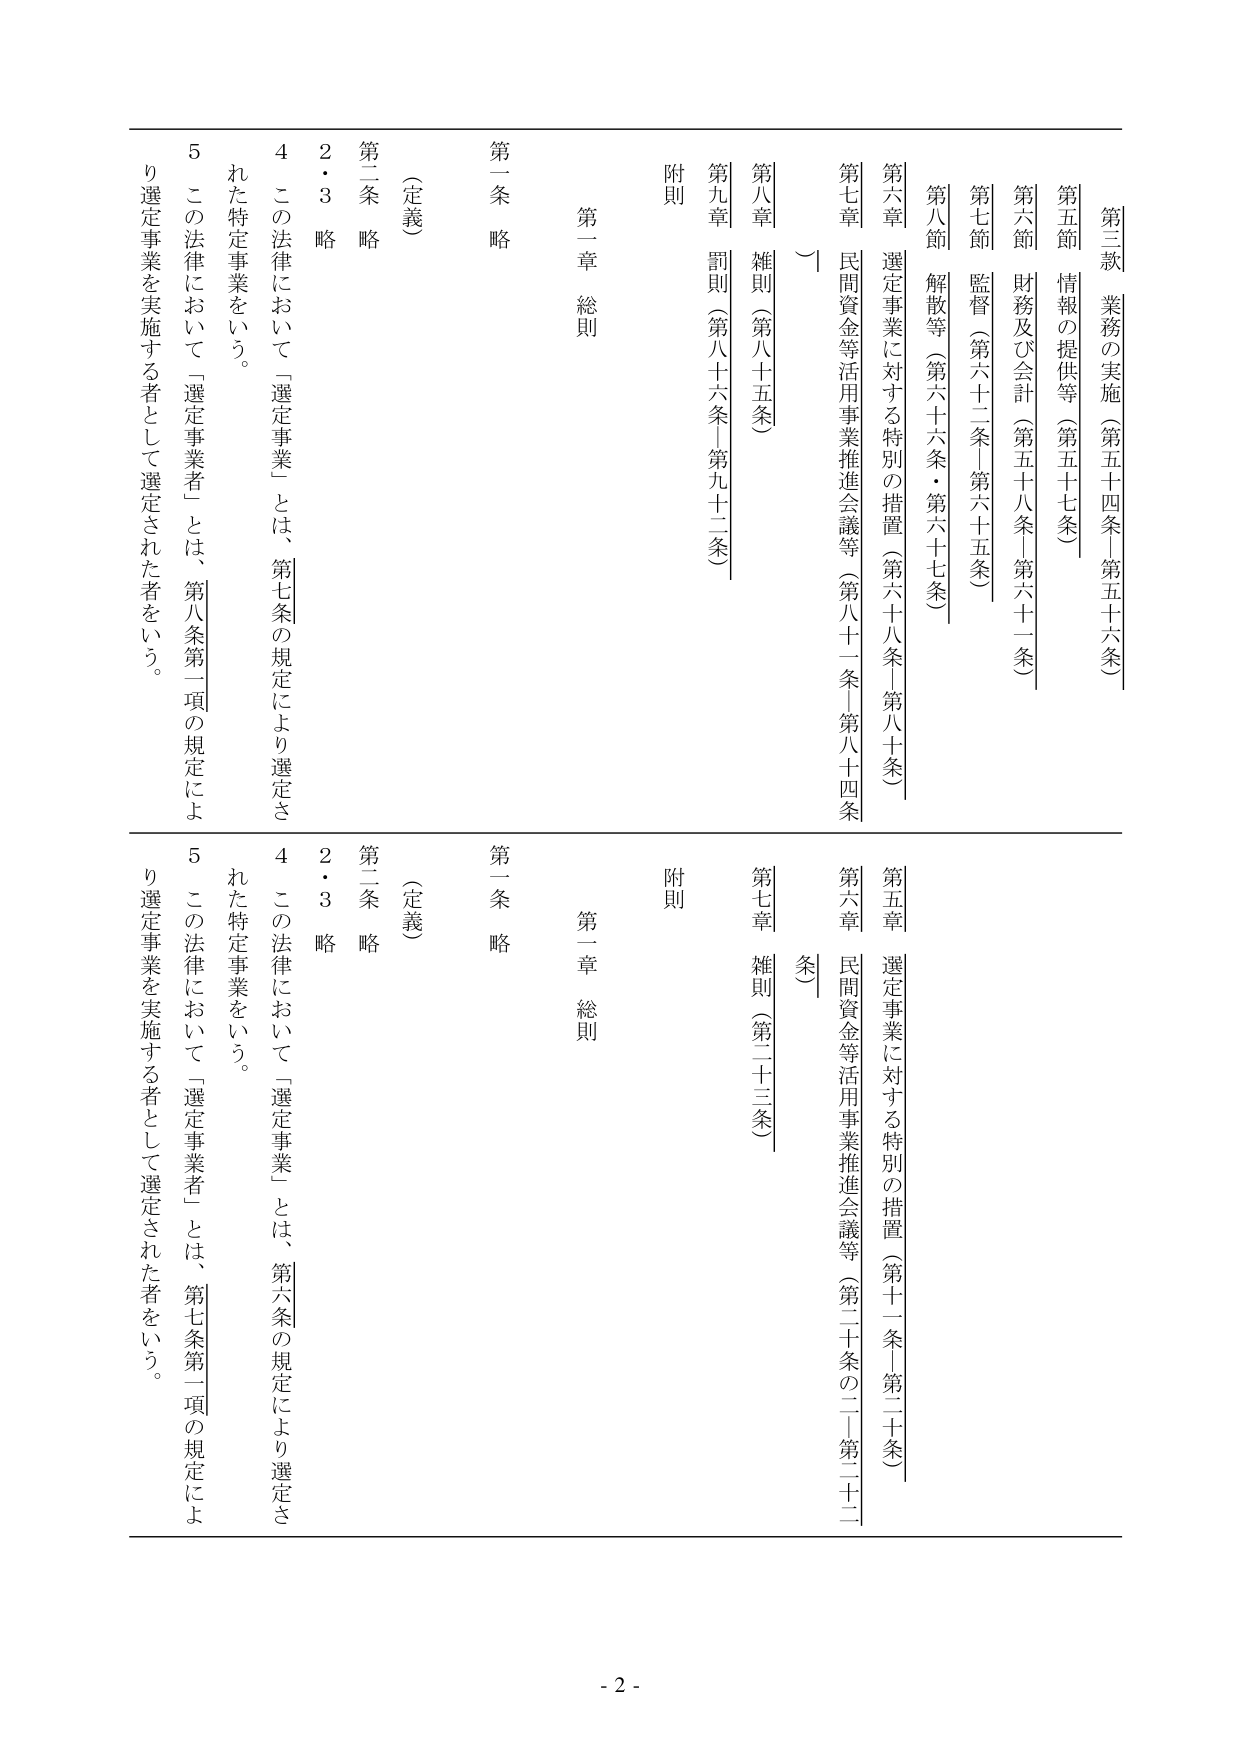
第三款 業務の実施（第五十四条－第五十六条）
第五節 情報の提供等（第五十七条）
第六節 財務及び会計（第五十八条－第六十一条）
第七節 監督（第六十二条－第六十五条）
第八節 解散等（第六十六条・第六十七条）
第六章 選定事業に対する特別の措置（第六十八条－第八十条）
第七章 民間資金等活用事業推進会議等（第八十一条－第八十四条）
第八章 雑則（第八十五条）
第九章 罰則（第八十六条－第九十二条）
附則

第一章 総則
第一条 略
第二条 （定義）
2・3 略
4 この法律において「選定事業」とは、第七条の規定により選定された特定事業をいう。
5 この法律において「選定事業者」とは、第八条第一項の規定により選定事業を実施する者として選定された者をいう。

第五章 選定事業に対する特別の措置（第十二条－第二十条）
第六章 民間資金等活用事業推進会議等（第二十条の二－第二十二条）
第七章 雑則（第二十三条）
附則

第一章 総則
第一条 略
第二条 （定義）
2・3 略
4 この法律において「選定事業」とは、第六条の規定により選定された特定事業をいう。
5 この法律において「選定事業者」とは、第七条第一項の規定により選定事業を実施する者として選定された者をいう。

- 2 -